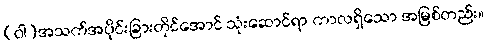
(ဝါ)အသက်အပိုင်းခြားတိုင်အောင် သုံးဆောင်ရာ ကာလရှိသော အမြစ်တည်း။